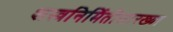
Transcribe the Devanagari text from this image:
शस्त्रनिर्मितीसारख्या